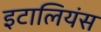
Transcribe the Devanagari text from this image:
इटालियंस